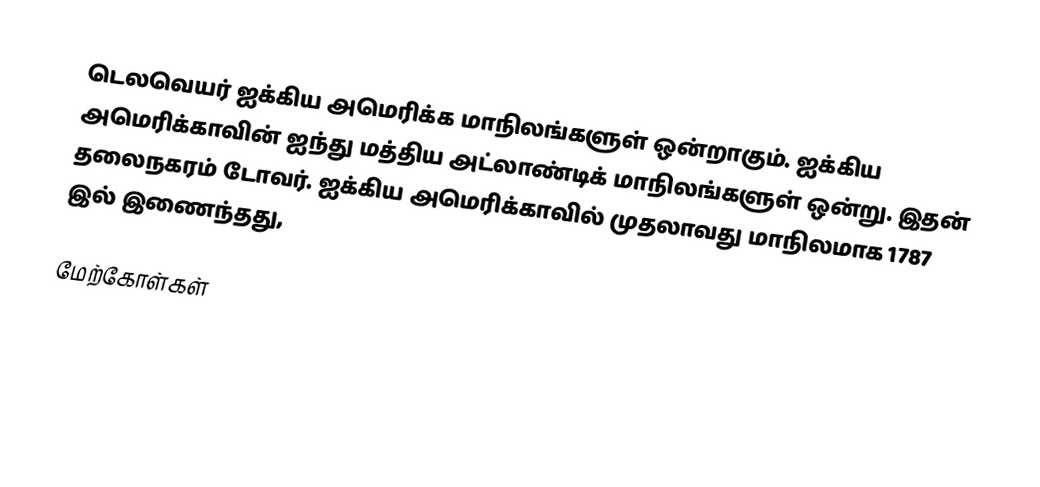
டெலவெயர் ஐக்கிய அமெரிக்க மாநிலங்களுள் ஒன்றாகும். ஐக்கிய அமெரிக்காவின் ஐந்து மத்திய அட்லாண்டிக் மாநிலங்களுள் ஒன்று. இதன் தலைநகரம் டோவர். ஐக்கிய அமெரிக்காவில் முதலாவது மாநிலமாக 1787 இல் இணைந்தது,

மேற்கோள்கள்